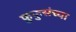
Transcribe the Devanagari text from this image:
फुफुसंच्या